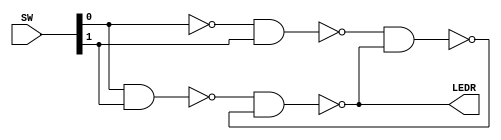

module part2 (SW,LEDR);

input [1:0] SW;

output [0:0]LEDR;

wire R_g, S_g, Qa, Qb;

assign S_g = ~(SW[0] & SW[1]);
assign R_g = ~(~SW[0] & SW[1]);

assign Qa = ~(S_g & Qb);

assign Qb = ~(R_g & Qa);

assign Q = Qa;
assign LEDR[0]=Q;

endmodule